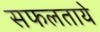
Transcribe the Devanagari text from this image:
सफलताये